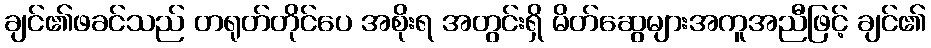
ချင်၏ဖခင်သည် တရုတ်တိုင်ပေ အစိုးရ အတွင်းရှိ မိတ်ဆွေများအကူအညီဖြင့် ချင်၏